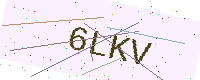
Text: 6LKV